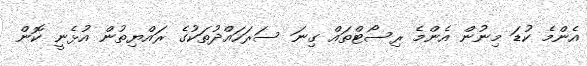
އެންމެ ކުޑަ މިނުން އެންމެ ރިސޯޓްތައް ގިނަ ސަރަހައްދުތަކުގެ ރައްޔިތުން އުޅެނީ ކޮން